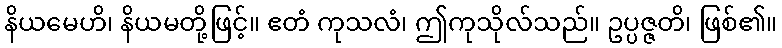
နိယမေဟိ၊ နိယမတို့ဖြင့်။ ဧတံ ကုသလံ၊ ဤကုသိုလ်သည်။ ဥပ္ပဇ္ဇတိ၊ ဖြစ်၏။